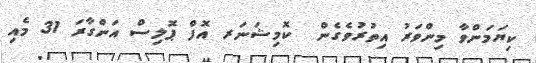
ކިޔަމަންވާ މިންވަރު އިތުރުވެގެން  ކޮމިޝަނަރ އޮފް ޕޮލިސް އަންގާރަ 31 މެއި